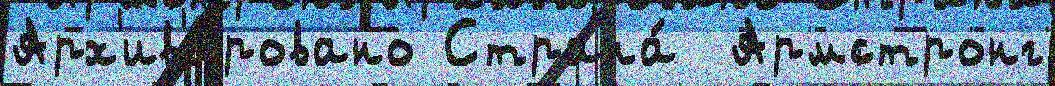
Арх'ив'и́ровано Страна́  Армстронг